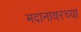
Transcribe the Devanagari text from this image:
मदानावरच्या